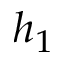
h _ { 1 }